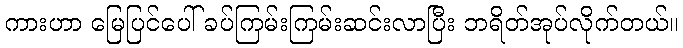
ကားဟာ မြေပြင်ပေါ် ခပ်ကြမ်းကြမ်းဆင်းလာပြီး ဘရိတ်အုပ်လိုက်တယ်။